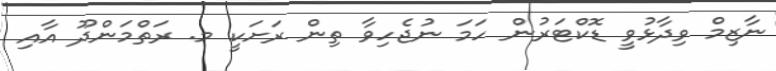
ނާޒިމް ވިދާޅުވީ ޑޮކްޓަރުން ހަމަ ނުޖެހިވާ ތިން ރަށަކީ މ. ރަތްމަންދޫ އާއި